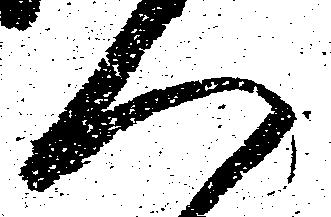
く